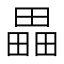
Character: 畾